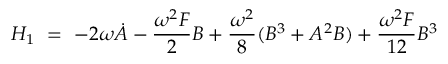
H _ { 1 } \ = \ - 2 \omega \Dot { A } - \frac { \omega ^ { 2 } F } { 2 } B + \frac { \omega ^ { 2 } } { 8 } ( B ^ { 3 } + A ^ { 2 } B ) + \frac { \omega ^ { 2 } F } { 1 2 } B ^ { 3 }